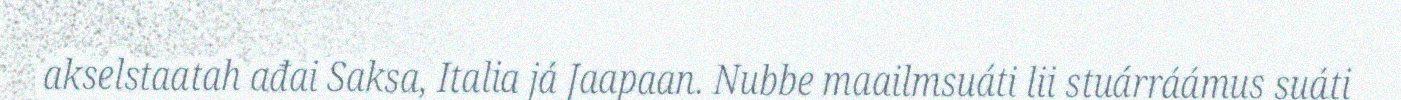
akselstaatah ađai Saksa, Italia já Jaapaan. Nubbe maailmsuáti lii stuárráámus suáti